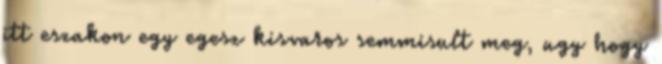
itt eszakon egy egesz kisvaros semmisult meg, ugy hogy